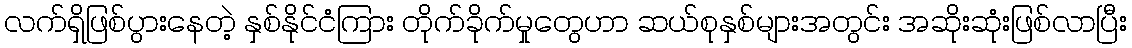
လက်ရှိဖြစ်ပွားနေတဲ့ နှစ်နိုင်ငံကြား တိုက်ခိုက်မှုတွေဟာ ဆယ်စုနှစ်များအတွင်း အဆိုးဆုံးဖြစ်လာပြီး